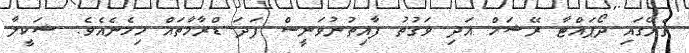
ތެރޭގައި ދޯޕައްޓާ ރޭޝަމް އަދި ވަގުތު ފާއިތުނުވަނީސް ފަދަ ޑްރާމާތައް ހިމެނެއެވެ. ޝަކީލާ